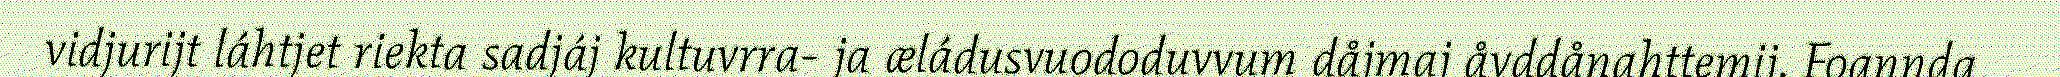
vidjurijt láhtjet riekta sadjáj kultuvrra- ja æládusvuododuvvum dåjmaj åvddånahttemij. Foannda